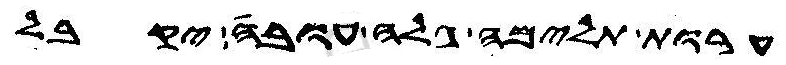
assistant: ערות תלימה גלה עובה יקבל